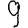
Digit: 9